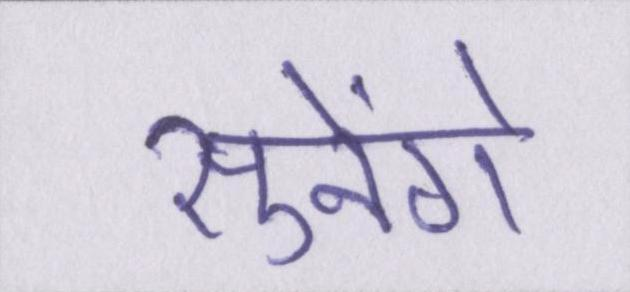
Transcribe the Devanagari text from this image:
सुनेंगे